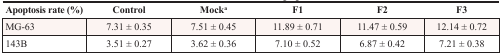
<table><thead><tr><td><b>Apoptosis rate (%)</b></td><td><b>Control</b></td><td><b>Mock<sup>a</sup></b></td><td><b>F1</b></td><td><b>F2</b></td><td><b>F3</b></td></tr></thead><tbody><tr><td>MG-63</td><td>7.31 ± 0.35</td><td>7.51 ± 0.45</td><td>11.89 ± 0.71</td><td>11.47 ± 0.59</td><td>12.14 ± 0.72</td></tr><tr><td>143B</td><td>3.51 ± 0.27</td><td>3.62 ± 0.36</td><td>7.10 ± 0.52</td><td>6.87 ± 0.42</td><td>7.21 ± 0.38</td></tr></tbody></table>